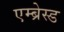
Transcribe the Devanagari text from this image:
एम्ब्रेस्ड